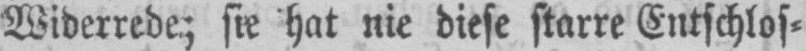
Widerrede; sie hat nie diese starre Entschlos⸗